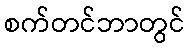
စက်တင်ဘာတွင်